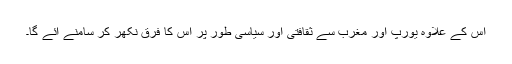
اس کے علاوہ یورپ اور مغرب سے ثقافتی اور سیاسی طور پر اس کا فرق نکھر کر سامنے آئے گا۔